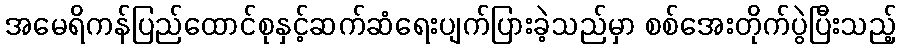
အမေရိကန်ပြည်ထောင်စုနှင့်ဆက်ဆံရေးပျက်ပြားခဲ့သည်မှာ စစ်အေးတိုက်ပွဲပြီးသည့်